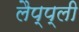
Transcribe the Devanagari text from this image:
लैप्प्ली